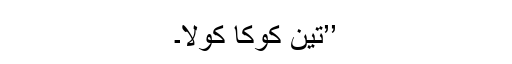
’’تین کوکا کولا۔